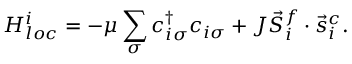
H _ { l o c } ^ { i } = - \mu \sum _ { \sigma } c _ { i \sigma } ^ { \dagger } c _ { i \sigma } + J \vec { S } _ { i } ^ { f } \cdot \vec { s } _ { i } ^ { c } .